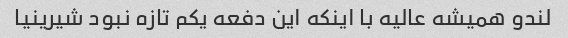
لندو همیشه عالیه با اینکه این دفعه یکم تازه نبود شیرینیا